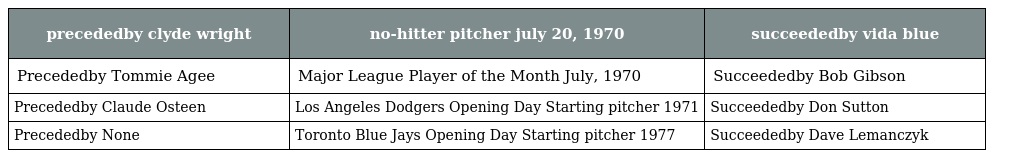
| precededby clyde wright | no-hitter pitcher july 20, 1970 | succeededby vida blue |
 | --- | --- | --- |
 | Precededby Tommie Agee | Major League Player of the Month July, 1970 | Succeededby Bob Gibson |
 | Precededby Claude Osteen | Los Angeles Dodgers Opening Day Starting pitcher 1971 | Succeededby Don Sutton |
 | Precededby None | Toronto Blue Jays Opening Day Starting pitcher 1977 | Succeededby Dave Lemanczyk |